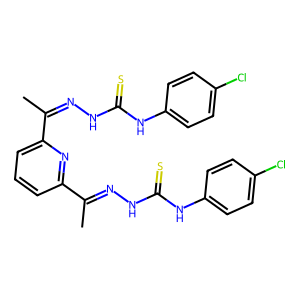
SMILES: CC(=NNC(=S)Nc1ccc(Cl)cc1)c1cccc(C(C)=NNC(=S)Nc2ccc(Cl)cc2)n1
Inhibits HIV replication: No